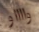
وااااو